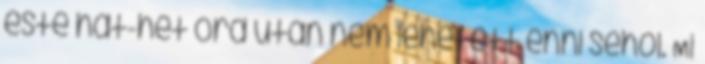
este hat-hét óra után nem lehetett enni sehol. Mi